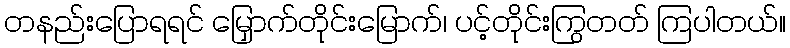
တနည်းပြောရရင် မြှောက်တိုင်းမြောက်၊ ပင့်တိုင်းကြွတတ် ကြပါတယ်။